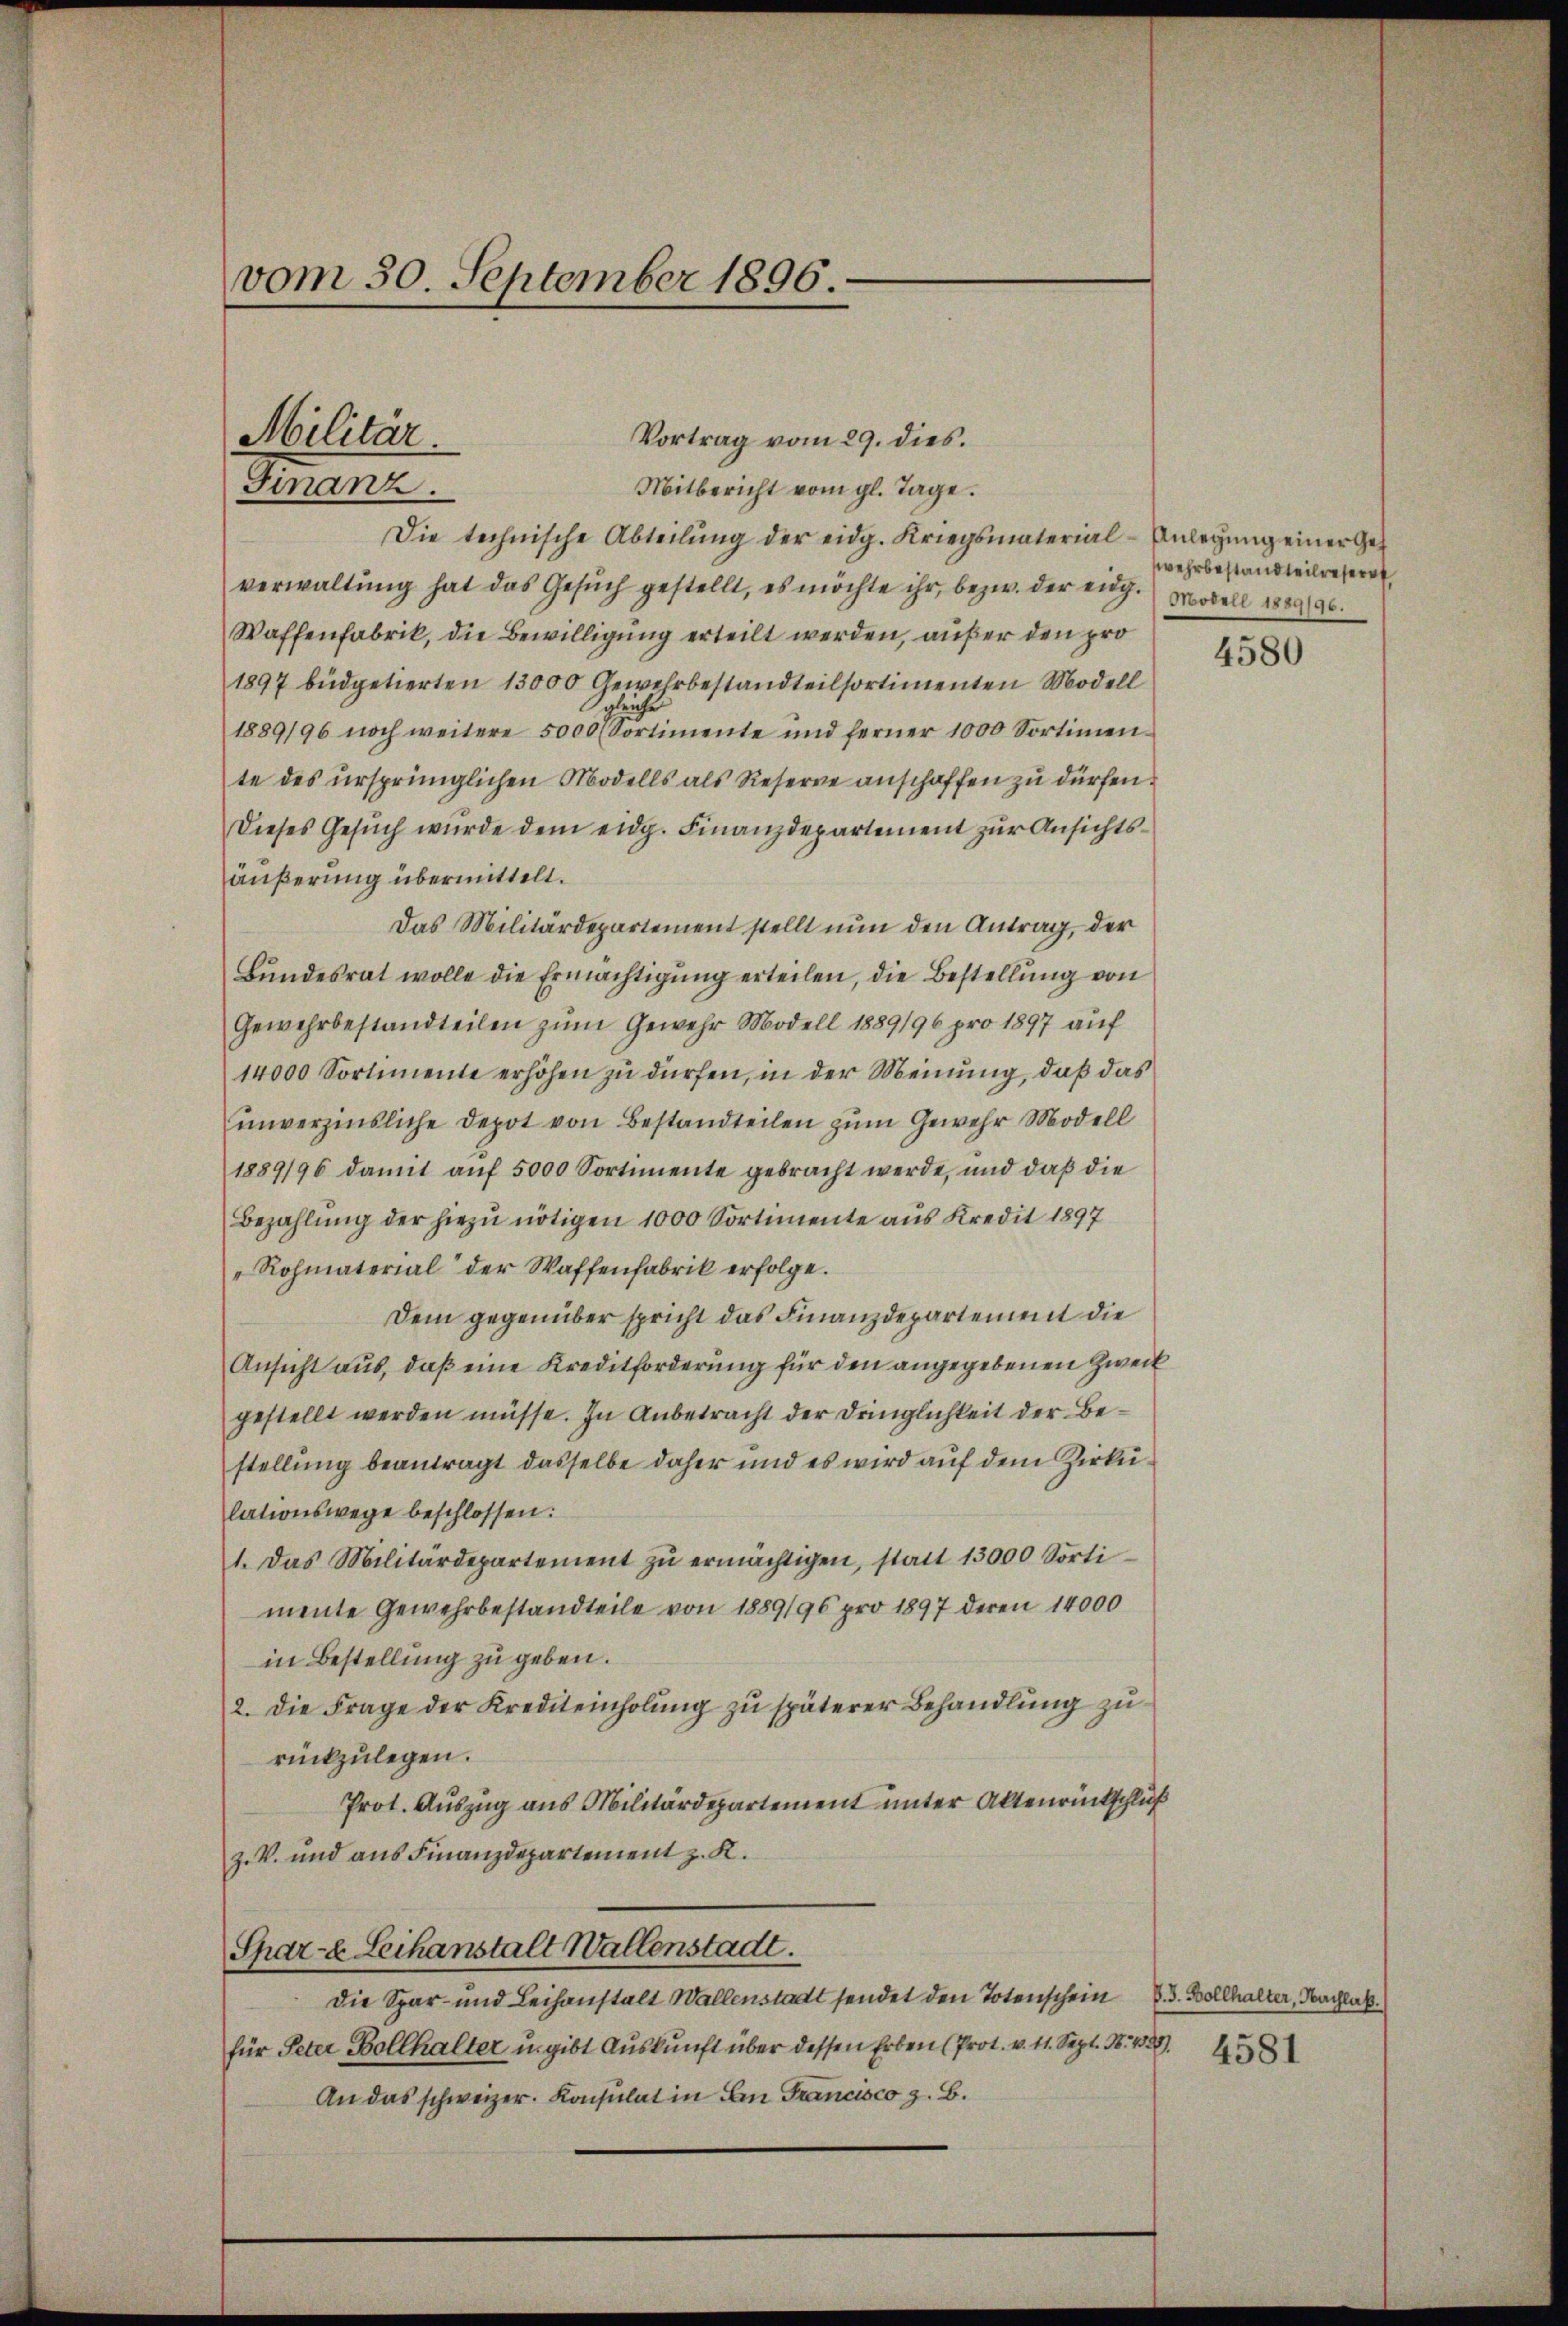
vom 30. September 1896.

Vortrag vom 29. dies.
Mitbericht vom gl. Tage.
Die technische Abteilŭng der eidg. Kriegsmaterial-Anlegŭng einer Geverwaltŭng hat das Gesŭch gestellt, es möchte ihr, bezw. der eng. Modell 1889/96.
Waffenfabrik, die Bewilligung erteilt werden, außer den pro
1897 büdpetierten 13000 Gewehrbestandteilsortimenten Modell
gleiche
1889/96 noch weitere 5000 Sortimente und ferner 1000 Sortimen-
te des ursprünglichen Modells als Reserve anschaffen zu dürfen.
Dieses Gesŭch wurde dem eidg. Finanzdepartement zur Ansichtsäußerung übermittelt.
Das Militärdepartement stellt nun den Antrag, der
Bundesrat wolle die Ermächtigung erteilen, die Bestellung von
Gewehrbestandteilen zum Gewehr Modell 1889/96 pro 1897 auf
14000 Sortimente erhöhen zu dürfen, in der Meinung, daß das
unverzinsliche Depot von Bestandteilen zum Gewehr Modell
1889/96 damit aŭf 5000 Sortimente gebracht werde, und daβ die
Bezahlŭng der hiezŭ nötigen 1000 Sortimente aus Kredit 1897
"Rohmaterial der Waffenfabrik erfolge.
Dem gegenüber spricht das Finanzdepartement die
Ansicht aus, daß eine Kreditforderung für den angegebenen Zweck
gestellt werden müsse. In Anbetracht der Dringlichkeit der Bestellung beantragt dasselbe daher und es wird auf dem Zirkülationswege beschlossen:
1. Das Militärdepartement zŭ ermächtigen, statt 13000 Sorti
mente Gewehrbestandteile von 1889/96 pro 1897 deren 14000
in Bestellung zu geben.
2. die Frage der Krediteinholŭng zŭ späterer Behandlŭng zŭ
rückzulegen.
Prot. Auszug aus Militärdepartement unter Aktenrückschluß
z. V. und aus Finanzdepartement z. K.
Spar- Leihanstalt Wallenstadt.
Die Spar- und Leihanstalt Wallenstadt sendet den Totenschein . Bollhalter, Nachlak
für Peter Bollhalter u. gibt Auskunft über dessen Erben (Prot. v. 11. Sept. 18. 428).
An das schweizer. Konsulat in An Francisco z. B.

Militär.
Finanz.

wehrbestandteilreferet,

4580

4581